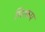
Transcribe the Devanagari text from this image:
सिरकप